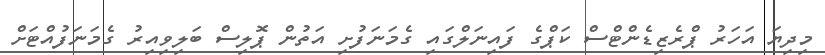
މިދިޔަ އަހަރު ޕްރެޒިޑެންޓްސް ކަޕްގެ ފައިނަލްގައި ގެމަނަފުށި އަތުން ޕޮލިސް ބަލިވިއިރު ގެމަނަފުއްޓަށް